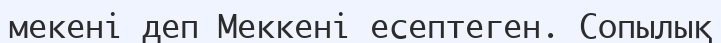
мекені деп Меккені есептеген. Сопылық